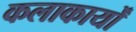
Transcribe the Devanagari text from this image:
कलाकार्यों